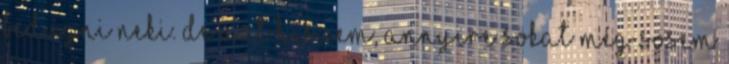
bedugni neki. De azt hiszem, annyire sokat még sosem